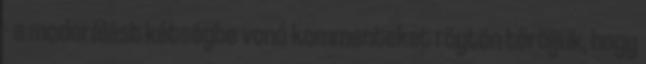
- a moderálást kétségbe vonó kommenteket rögtön töröljük, hogy